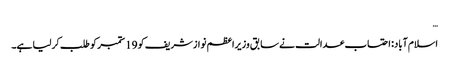
…
اسلام آباد: احتساب عدالت نے سابق وزیراعظم نوازشریف کو 19 ستمبر کو طلب کرلیا ہے۔